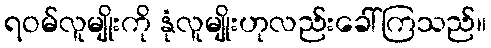
ရဝမ်လူမျိုးကို နုံလူမျိုးဟုလည်းခေါ်ကြသည်။